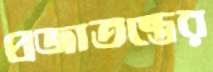
প্রজাতন্ত্রের